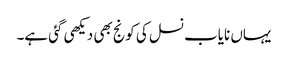
یہاں نایاب نسل کی کونج بھی دیکھی گئی ہے۔